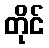
တိုင်